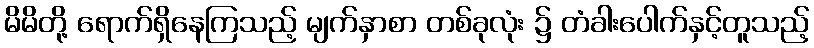
မိမိတို့ ရောက်ရှိနေကြသည့် မျက်နှာစာ တစ်ခုလုံး ၌ တံခါးပေါက်နှင့်တူသည့်